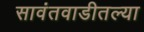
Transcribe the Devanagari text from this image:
सावंतवाडीतल्या